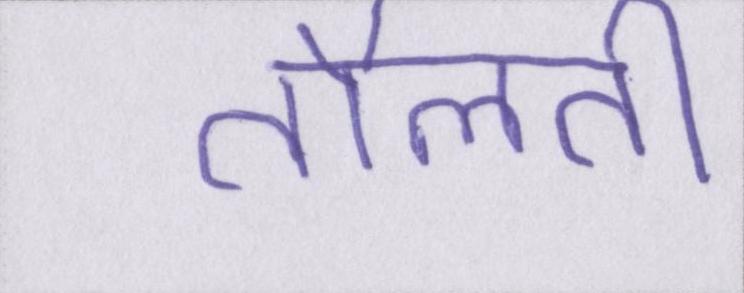
तौलती